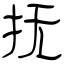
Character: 抚